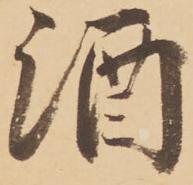
酒